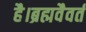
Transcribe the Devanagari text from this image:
है।ब्रह्मवैवर्त